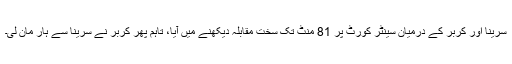
سرینا اور کربر کے درمیان سینٹر کورٹ پر 81 منٹ تک سخت مقابلہ دیکھنے میں آیا، تاہم پھر کربر نے سرینا سے ہار مان لی۔